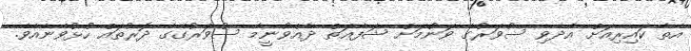
އެތާ ކައިރިއަށް އާދެވި ސުވަރުގެ ވަނުމަށް ޝަފާޢަތް ދެއްވުނީމާ ސުވަރުގޭގެ ދޮރުތައް ހުޅުވޭނެއެވެ.